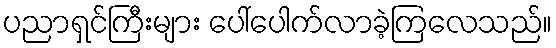
ပညာရှင်ကြီးများ ပေါ်ပေါက်လာခဲ့ကြလေသည်။